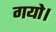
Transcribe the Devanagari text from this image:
गयो।